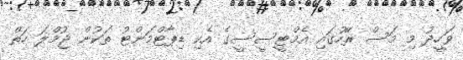
ވަހީދު މި މަސް ރޭހުގައި އެމްޓީސީސީގެ އެކި ޑިޕާޓްމަންޓު ތަކުން ޖުމްލަ ހަތް